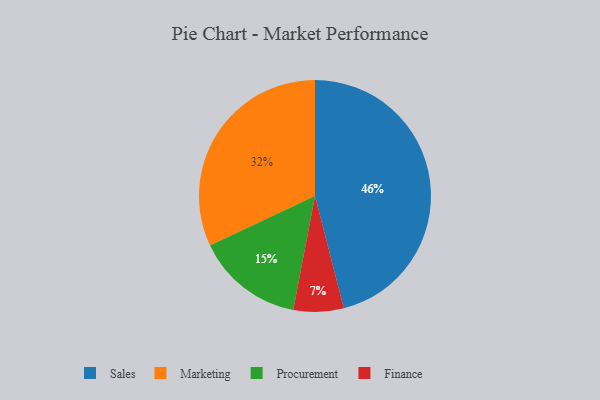
{"axis": {"x": "Category", "y": "Percentage"}, "legend": ["Finance", "Marketing", "Procurement", "Sales"], "data": [{"x": "Sales", "y": 46, "type": "Sales"}, {"x": "Marketing", "y": 32, "type": "Marketing"}, {"x": "Procurement", "y": 15, "type": "Procurement"}, {"x": "Finance", "y": 7, "type": "Finance"}]}